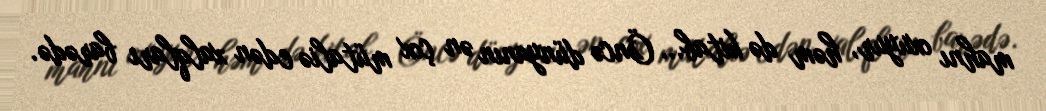
mahnı oxuyur, həm də kitab... Öncə dünyanın ən çox mütaliə edən xalqları barədə.